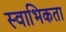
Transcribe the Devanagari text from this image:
स्वाभिकता